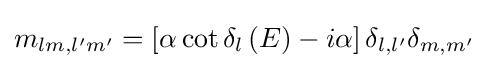
{m_{lm,l'm'}}=\left[{\alpha \cot {\delta _{l}}\left(E\right)-i\alpha }\right]{\delta _{l,l'}}{\delta _{m,m'}}